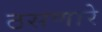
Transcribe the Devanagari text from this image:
ठसणारे